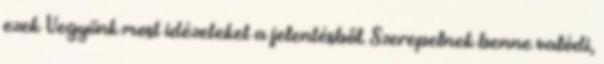
ezek Vegyünk most idézeteket a jelentésből. Szerepelnek benne valódi,